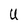
Character: U